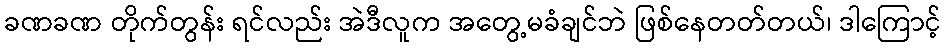
ခဏခဏ တိုက်တွန်း ရင်လည်း အဲဒီလူက အတွေ့မခံချင်ဘဲ ဖြစ်နေတတ်တယ်၊ ဒါကြောင့်